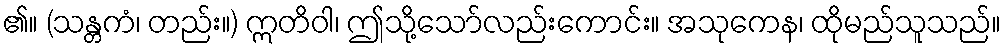
၏။ (သန္တကံ၊ တည်း။) ဣတိဝါ၊ ဤသို့သော်လည်းကောင်း။ အသုကေန၊ ထိုမည်သူသည်။